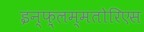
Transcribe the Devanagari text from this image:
इन्फ़्लम्मतोरिएस